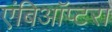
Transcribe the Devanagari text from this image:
एंबिऑप्टरा